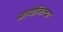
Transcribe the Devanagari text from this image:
आयोजिल्या